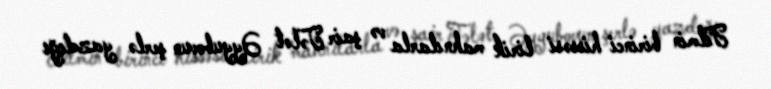
Filmin birinci hissəsi lirik mahnılarla və şair Tələt Əyyubovun şerlə yazdığı